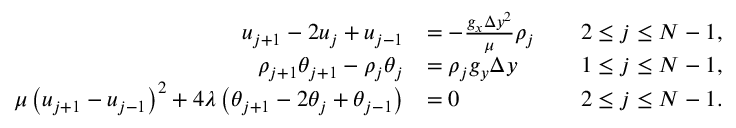
\begin{array} { r l r } { u _ { j + 1 } - 2 u _ { j } + u _ { j - 1 } } & { = - \frac { g _ { x } \Delta y ^ { 2 } } { \mu } \rho _ { j } \quad } & { 2 \leq j \leq N - 1 , } \\ { \rho _ { j + 1 } \theta _ { j + 1 } - \rho _ { j } \theta _ { j } } & { = \rho _ { j } g _ { y } \Delta y \quad } & { 1 \leq j \leq N - 1 , } \\ { \mu \left( u _ { j + 1 } - u _ { j - 1 } \right) ^ { 2 } + 4 \lambda \left( \theta _ { j + 1 } - 2 \theta _ { j } + \theta _ { j - 1 } \right) } & { = 0 \quad } & { 2 \leq j \leq N - 1 . } \end{array}